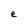
Character: e